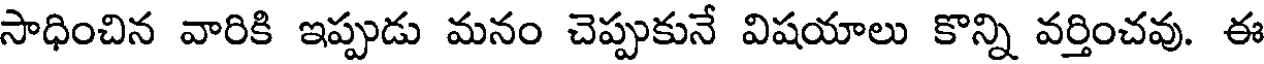
సాధించిన వారికి ఇప్పుడు మనం చెప్పుకునే విషయాలు కొన్ని వర్తించవు. ఈ